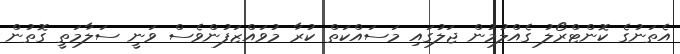
އެތަނުގެ ކޮންޓްރޯލު ގެއްލުމުން ޖަލުގައި މަސައްކަތް ކުރާ މުވައްޒަފުންވެސް ވަނީ ސަލާމަތީ ގޮތުން